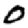
Digit: 0